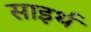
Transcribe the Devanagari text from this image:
साइर्थ